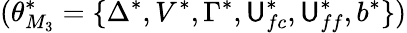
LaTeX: (\theta_{M_{3}}^{*}=\{ \Delta^{*},V^{*},\Gamma^{*},\mathsf{U}_{fc}^{*},\mathsf{U}_{ff}^{*},b^{*}\} )